Elephants and their diseases
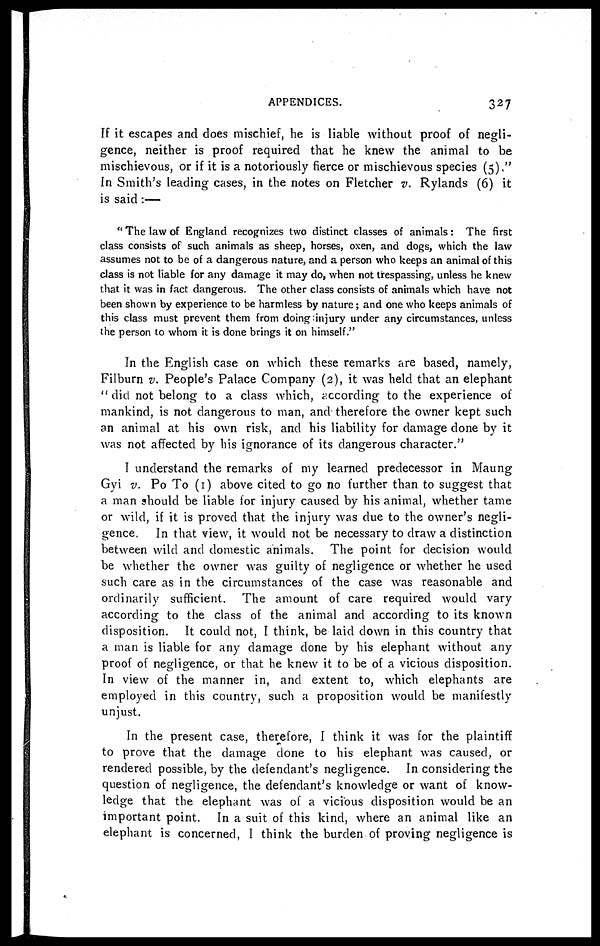
APPENDICES.
327
If it escapes and does mischief, he is liable without proof of negli-
gence, neither is proof required that he knew the animal to be
mischievous, or if it is a notoriously fierce or mischievous species (5)."
In Smith's leading cases, in the notes on Fletcher v. Rylands (6) it
is said:—
" The law of England recognizes two distinct classes of animals: The first
class consists of such animals as sheep, horses, oxen, and dogs, which the law
assumes not to be of a dangerous nature, and a person who keeps an animal of this
class is not liable for any damage it may do, when not trespassing, unless he knew
that it was in fact dangerous. The other class consists of animals which have not
been shown by experience to be harmless by nature; and one who keeps animals of
this class must prevent them from doing injury under any circumstances, unless
the person to whom it is done brings it on himself."
In the English case on which these remarks are based, namely,
Filburn v. People's Palace Company (2), it was held that an elephant
" did not belong to a class which, according to the experience of
mankind, is not dangerous to man, and therefore the owner kept such
an animal at his own risk, and his liability for damage done by it
was not affected by his ignorance of its dangerous character."
I understand the remarks of my learned predecessor in Maung
Gyi v. Po To (1) above cited to go no further than to suggest that
a man should be liable for injury caused by his animal, whether tame
or wild, if it is proved that the injury was due to the owner's negli-
gence. In that view, it would not be necessary to draw a distinction
between wild and domestic animals. The point for decision would
be whether the owner was guilty of negligence or whether he used
such care as in the circumstances of the case was reasonable and
ordinarily sufficient. The amount of care required would vary
according to the class of the animal and according to its known
disposition. It could not, I think, be laid down in this country that
a man is liable for any damage done by his elephant without any
proof of negligence, or that he knew it to be of a vicious disposition.
In view of the manner in, and extent to, which elephants are
employed in this country, such a proposition would be manifestly
unjust.
In the present case, therefore, I think it was for the plaintiff
to prove that the damage done to his elephant was caused, or
rendered possible, by the defendant's negligence. In considering the
question of negligence, the defendant's knowledge or want of know-
ledge that the elephant was of a vicious disposition would be an
important point. In a suit of this kind, where an animal like an
elephant is concerned, I think the burden of proving negligence is